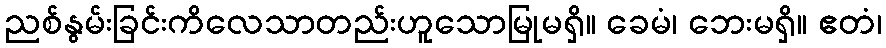
ညစ်နွမ်းခြင်းကိလေသာတည်းဟူသောမြုမရှိ။ ခေမံ၊ ဘေးမရှိ။ ဧတံ၊